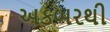
અકબરથી